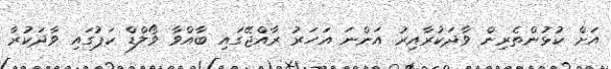
އަށް ކުޅުންތެރިން ވާދަކުރާއިރު އަންނަ އަހަރު ރާއްޖޭގައި ބާއްވާ ވޯލްޑް ކަޕުގައި ވާދަކުރާ